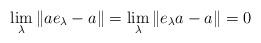
LaTeX: \begin{align*}\lim_\lambda \|ae_\lambda-a\|=\lim_\lambda \|e_\lambda a-a\|=0\end{align*}